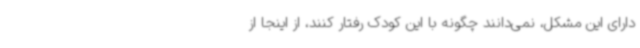
دارای این مشکل، نمی‌دانند چگونه با این کودک رفتار کنند، از اینجا از